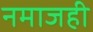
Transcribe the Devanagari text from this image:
नमाजही